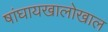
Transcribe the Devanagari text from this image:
षांघायखालोखाल